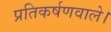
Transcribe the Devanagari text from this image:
प्रतिकर्षणवाले।